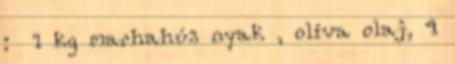
: 1 kg marhahús nyak , olíva olaj, 4